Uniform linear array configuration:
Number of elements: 4
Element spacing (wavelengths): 0.25
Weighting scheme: exponential
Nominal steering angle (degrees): -15
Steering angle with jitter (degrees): -13.743
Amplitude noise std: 0.05
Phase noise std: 0.05

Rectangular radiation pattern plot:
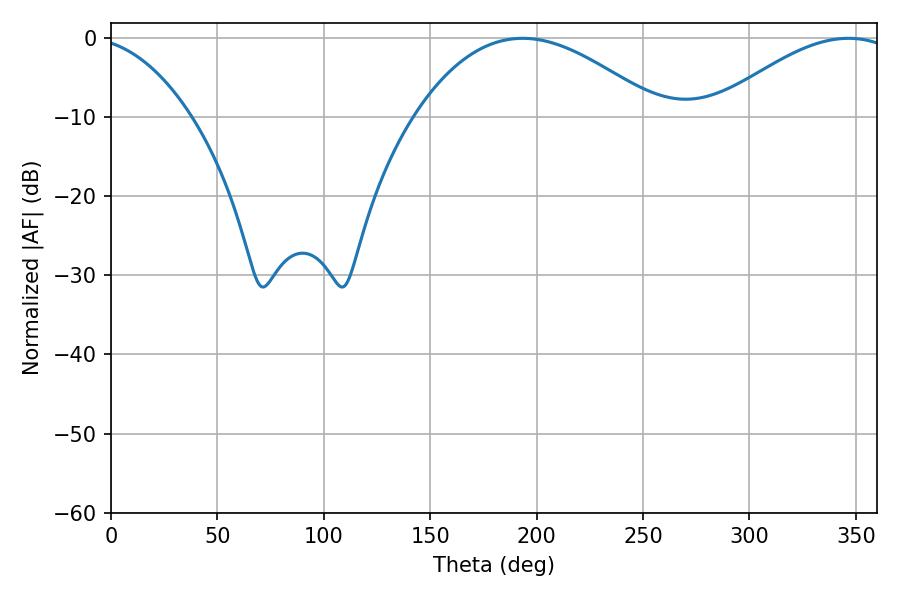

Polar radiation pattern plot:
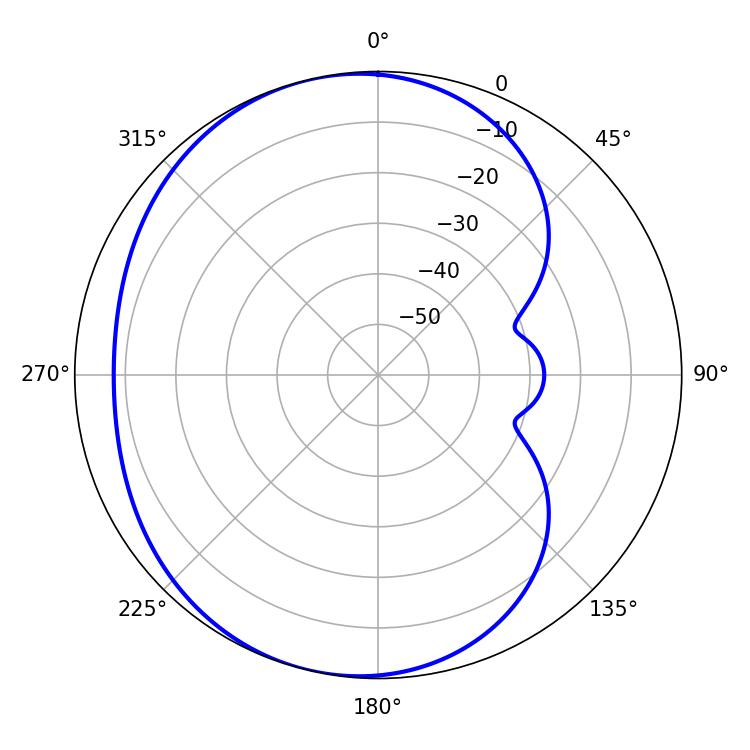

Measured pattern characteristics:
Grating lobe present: FALSE
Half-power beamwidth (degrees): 63.36
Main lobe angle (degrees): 193.5